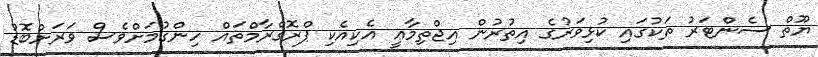
ޔޫތް ސެންޓަރު ތަކުގައި ކުޅިވަރުގެ އިތުރުން އިޖްތިމާޢީ އެކިއެކި ޕްރޮގްރާމްތައް ހިންގުމަށްވެސް ވަރަށްބޮޑު